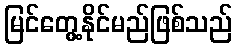
မြင်တွေ့နိုင်မည်ဖြစ်သည်